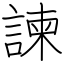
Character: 諫